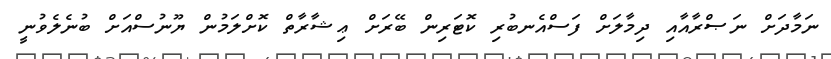
ނަމާދަށް ނަޞްރާއާއި ދިމާލަށް ފަސްއެނބުރި ކޮޓަރިން ބޭރަށް ޢިޝާރާތް ކޮށްލަމުން ޔޫނުސްއަށް ބުނެލެވުނީ